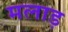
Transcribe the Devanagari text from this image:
मलाड़